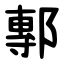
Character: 鄟